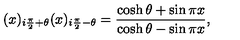
( x ) _ { i \frac { \pi } { 2 } + \theta } ( x ) _ { i \frac { \pi } { 2 } - \theta } = \frac { \cosh \theta + \sin \pi x } { \cosh \theta - \sin \pi x } ,